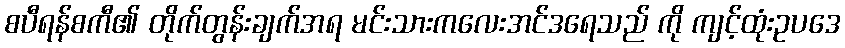
စပီရန်စကီ၏ တိုက်တွန်းချက်အရ မင်းသားကလေးအင်ဒရေသည် ကို ကျင့်ထုံးဥပဒေ